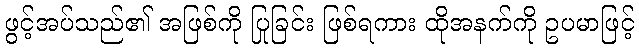
ဖွင့်အပ်သည်၏ အဖြစ်ကို ပြုခြင်း ဖြစ်ရကား ထိုအနက်ကို ဥပမာဖြင့်